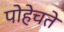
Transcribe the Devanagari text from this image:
पोहेचते